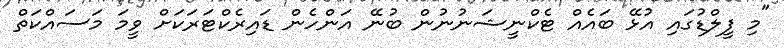
"މި ފީލްޑުގައި އުޅޭ ބައެއް ޓެކްނީޝަނުނުން ބުނޭ އަންހެން ޑައިރެކްޓަރަކަށް ވީމަ މަސައްކަތް